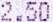
2.50